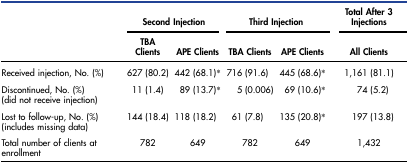
<table><thead><tr><td rowspan="2"></td><td colspan="2"><b>Second Injection</b></td><td colspan="2"><b>Third Injection</b></td><td><b>Total After 3 Injections</b></td></tr><tr><td><b>TBA Clients</b></td><td><b>APE Clients</b></td><td><b>TBA Clients</b></td><td><b>APE Clients</b></td><td><b>All Clients</b></td></tr></thead><tbody><tr><td>Received injection, No. (%)</td><td>627 (80.2)</td><td>442 (68.1)*</td><td>716 (91.6)</td><td>445 (68.6)*</td><td>1,161 (81.1)</td></tr><tr><td>Discontinued, No. (%) (did not receive injection)</td><td>11 (1.4)</td><td>89 (13.7)*</td><td>5 (0.006)</td><td>69 (10.6)*</td><td>74 (5.2)</td></tr><tr><td>Lost to follow-up, No. (%) (includes missing data)</td><td>144 (18.4)</td><td>118 (18.2)</td><td>61 (7.8)</td><td>135 (20.8)*</td><td>197 (13.8)</td></tr><tr><td>Total number of clients at enrollment</td><td>782</td><td>649</td><td>782</td><td>649</td><td>1,432</td></tr></tbody></table>